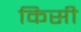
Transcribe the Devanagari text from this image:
किसी